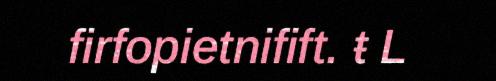
firfopietnifift. ŧ L